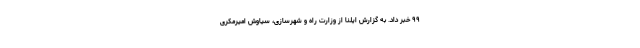
۹۹ خبر داد. به گزارش ایلنا از وزارت راه و شهرسازی، سیاوش امیرمکری